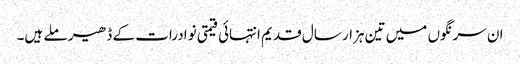
ان سرنگوں میں تین ہزار سال قدیم انتہائی قیمتی نوادرات کے ڈھیر ملے ہیں۔